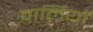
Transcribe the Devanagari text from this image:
वार्लियों